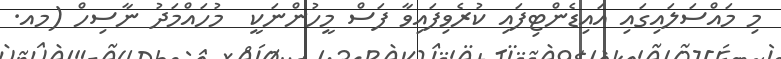
މި މައްސަލައިގައި އައިޑެންޓިފައި ކުރެވިފައިވާ ފަސް މީހުންނަަކީ  މުހައްމަދު ނާސިހް (މއ.